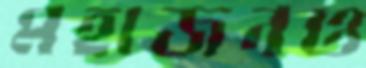
মহাজনও